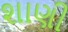
શાણી